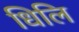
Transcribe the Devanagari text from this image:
धिलि